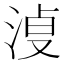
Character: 𰛿